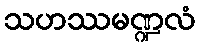
သဟဿမဏ္ဍလံ